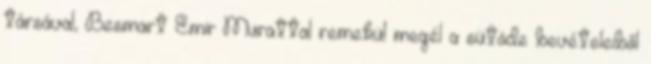
társával, Besmart Emir Murattal remekül megél a sütöde bevételeiből